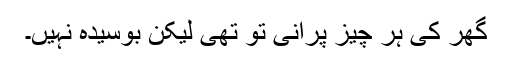
گھر کی ہر چیز پرانی تو تھی لیکن بوسیدہ نہیں۔